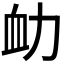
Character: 𧖩